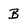
Character: B